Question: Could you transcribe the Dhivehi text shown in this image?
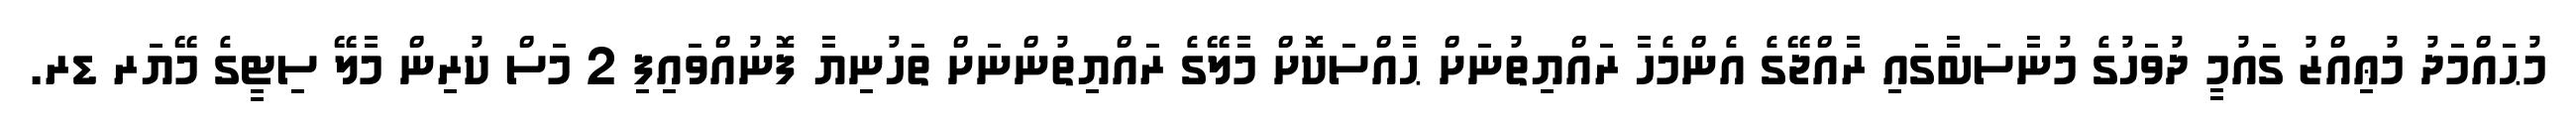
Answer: މުޙައްމަދު މުޢިއްޒު ގައުމީ ދުވަހުގެ މުނާސަބާގައި ރާއްޖޭގެ އެންމެހާ ރައްޔިތުނަށް ޙާއްސަކޮށް މާލޭގެ ރައްޔިތުންނަށް ތަހުނިޔާ ފޮނުއްވައިފި 2 މަސް ކުރިން މާލޭ ސިޓީގެ މޭޔަރ ޑރ.